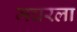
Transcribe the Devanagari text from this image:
मचरला